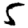
Digit: 5